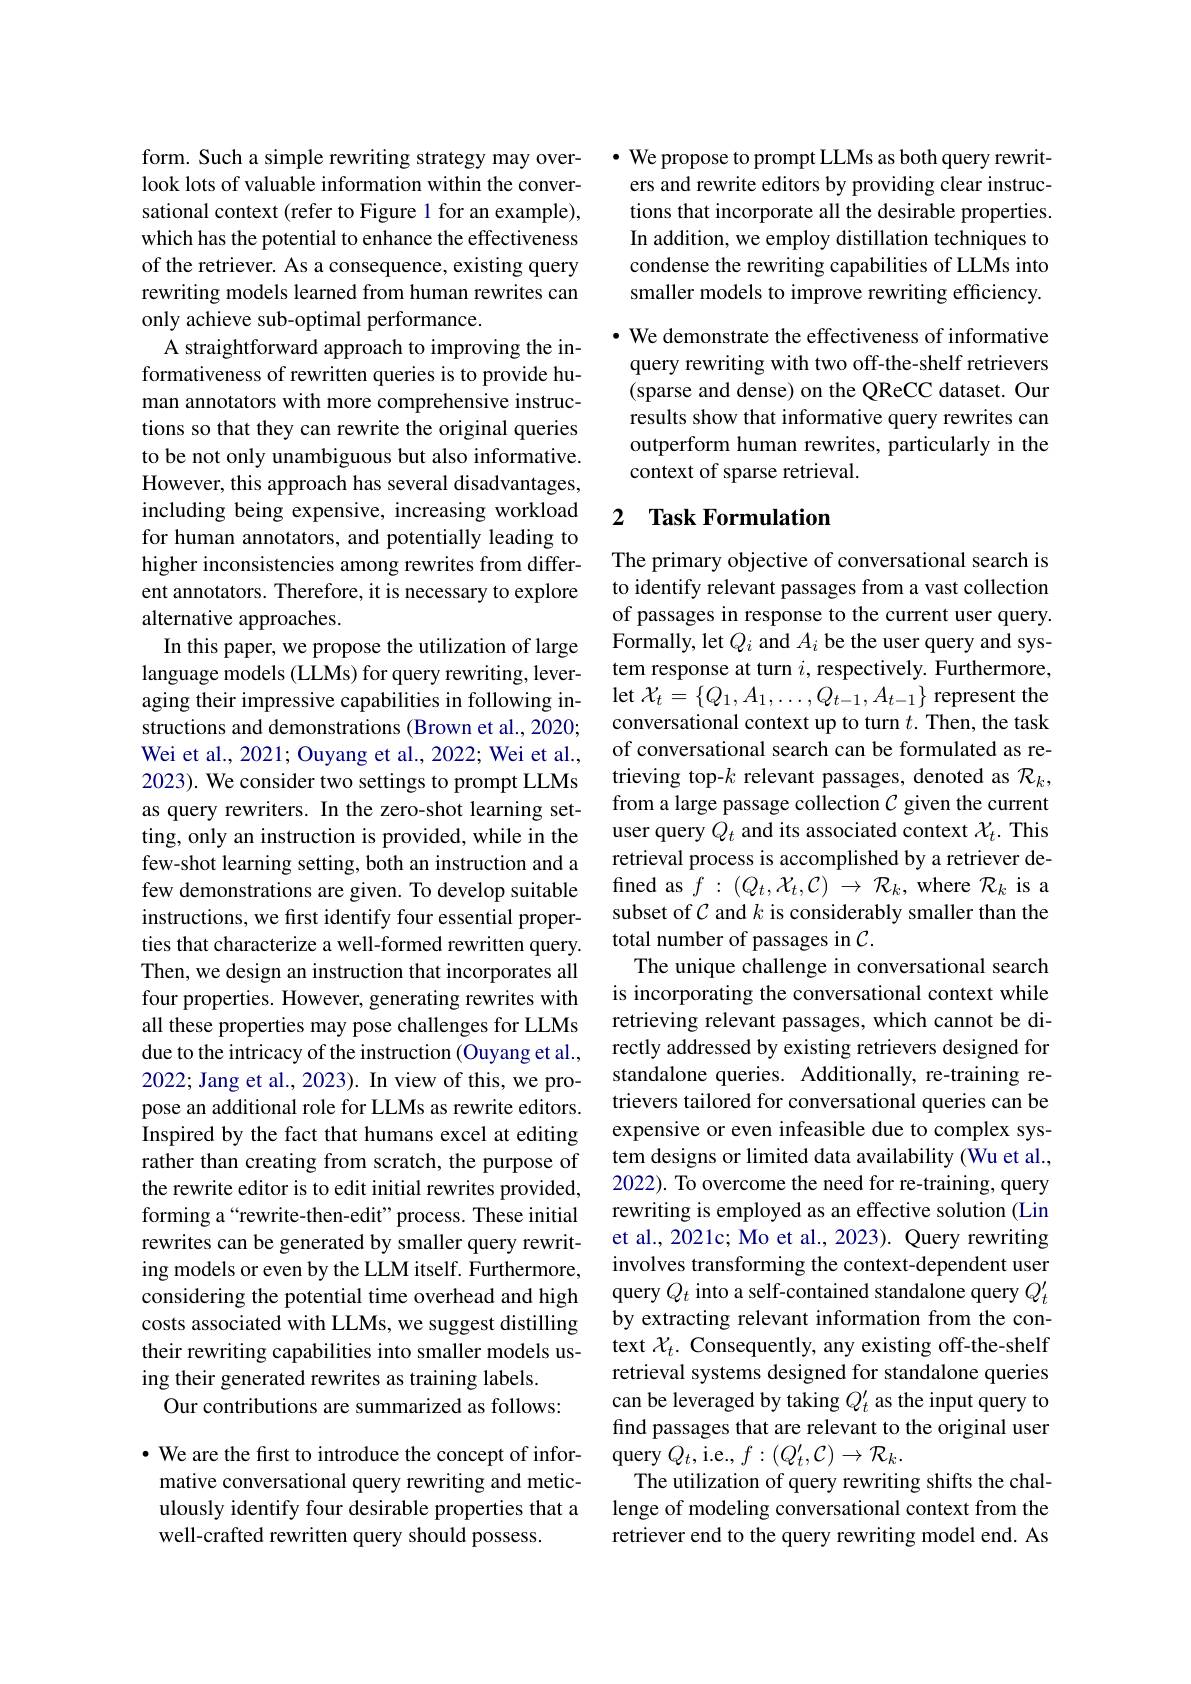
form. Such a simple rewriting strategy may overlook lots of valuable information within the conversational context (refer to Figure 1 for an example), which has the potential to enhance the effectiveness of the retriever. As a consequence, existing query rewriting models learned from human rewrites can only achieve sub-optimal performance.
A straightforward approach to improving the informativeness of rewritten queries is to provide human annotators with more comprehensive instructions so that they can rewrite the original queries to be not only unambiguous but also informative. However, this approach has several disadvantages, including being expensive, increasing workload for human annotators, and potentially leading to higher inconsistencies among rewrites from different annotators. Therefore, it is necessary to explore alternative approaches.
In this paper, we propose the utilization of large language models (LLMs) for query rewriting, leveraging their impressive capabilities in following instructions and demonstrations (Brown et al., 2020; Wei et al., 2021; Ouyang et al., 2022; Wei et al., 2023). We consider two settings to prompt LLMs as query rewriters. In the zero-shot learning setting, only an instruction is provided, while in the few-shot learning setting, both an instruction and a few demonstrations are given. To develop suitable instructions, we first identify four essential properties that characterize a well-formed rewritten query. Then, we design an instruction that incorporates all four properties. However, generating rewrites with all these properties may pose challenges for LLMs due to the intricacy of the instruction (Ouyang et al., 2022; Jang et al., 2023). In view of this, we propose an additional role for LLMs as rewrite editors. Inspired by the fact that humans excel at editing rather than creating from scratch, the purpose of the rewrite editor is to edit initial rewrites provided, forming a“rewrite-then-edit”process. These initial rewrites can be generated by smaller query rewriting models or even by the LLM itself. Furthermore, considering the potential time overhead and high costs associated with LLMs, we suggest distilling their rewriting capabilities into smaller models using their generated rewrites as training labels.
Our contributions are summarized as follows:

$\cdot$ We are the first to introduce the concept of informative conversational query rewriting and meticulously identify four desirable properties that a well-crafted rewritten query should possess.

$\bullet$ We propose to prompt LLMs as both query rewriters and rewrite editors by providing clear instructions that incorporate all the desirable properties In addition, we employ distillation techniques to condense the rewriting capabilities of LLMs into smaller models to improve rewriting efficiency. · We demonstrate the effectiveness of informative query rewriting with two off-the-shelf retrievers (sparse and dense) on the QReCC dataset. Our results show that informative query rewrites can outperform human rewrites, particularly in the context of sparse retrieval.

## 2 $\textbf{Task Formulation}$

The primary objective of conversational search is to identify relevant passages from a vast collection of passages in response to the current user query. Formally, let $Q_i$ and $A_i$ be the user query and system response at turn $i$, respectively. Furthermore, let $\mathcal{X}_t=\left\{Q_{1},A_{1},\ldots,Q_{t-1},A_{t-1}\right\}$represent the conversational context up to turn $t.$ Then, the task of conversational search can be formulated as retrieving top-$k$ relevant passages, denoted as $\mathcal{R}_k$, from a large passage collection $\mathcal{C}$ given the current user query $Q_t$ and its associated context $\mathcal{X}_t.$ This retrieval process is accomplished by a retriever defined as $f:(Q_t,\mathcal{X}_t,\mathcal{C})\to\mathcal{R}_k$, where $\mathcal{R}_k$ is a subset of $\mathcal{C}$ and $k$ is considerably smaller than the total number of passages in $\mathcal{C}.$
The unique challenge in conversational search is incorporating the conversational context while retrieving relevant passages, which cannot be directly addressed by existing retrievers designed for standalone queries. Additionally, re-training retrievers tailored for conversational queries can be expensive or even infeasible due to complex system designs or limited data availability (Wu et al., 2022). To overcome the need for re-training, query rewriting is employed as an effective solution (Lin et al., 2021c; Mo et al., 2023). Query rewriting involves transforming the context-dependent user query $Q_t$ into a self-contained standalone query $Q_t^{\prime}$ by extracting relevant information from the context $\mathcal{X}_t.$ Consequently, any existing off-the-shelf retrieval systems designed for standalone queries can be leveraged by taking $Q_t^{\prime}$ as the input query to find passages that are relevant to the original user query $Q_t$,i.e., $f:(Q_t^{\prime},\mathcal{C})\to\mathcal{R}_k.$
The utilization of query rewriting shifts the challenge of modeling conversational context from the retriever end to the query rewriting model end. As